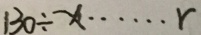
1 3 0 \div x \cdots r